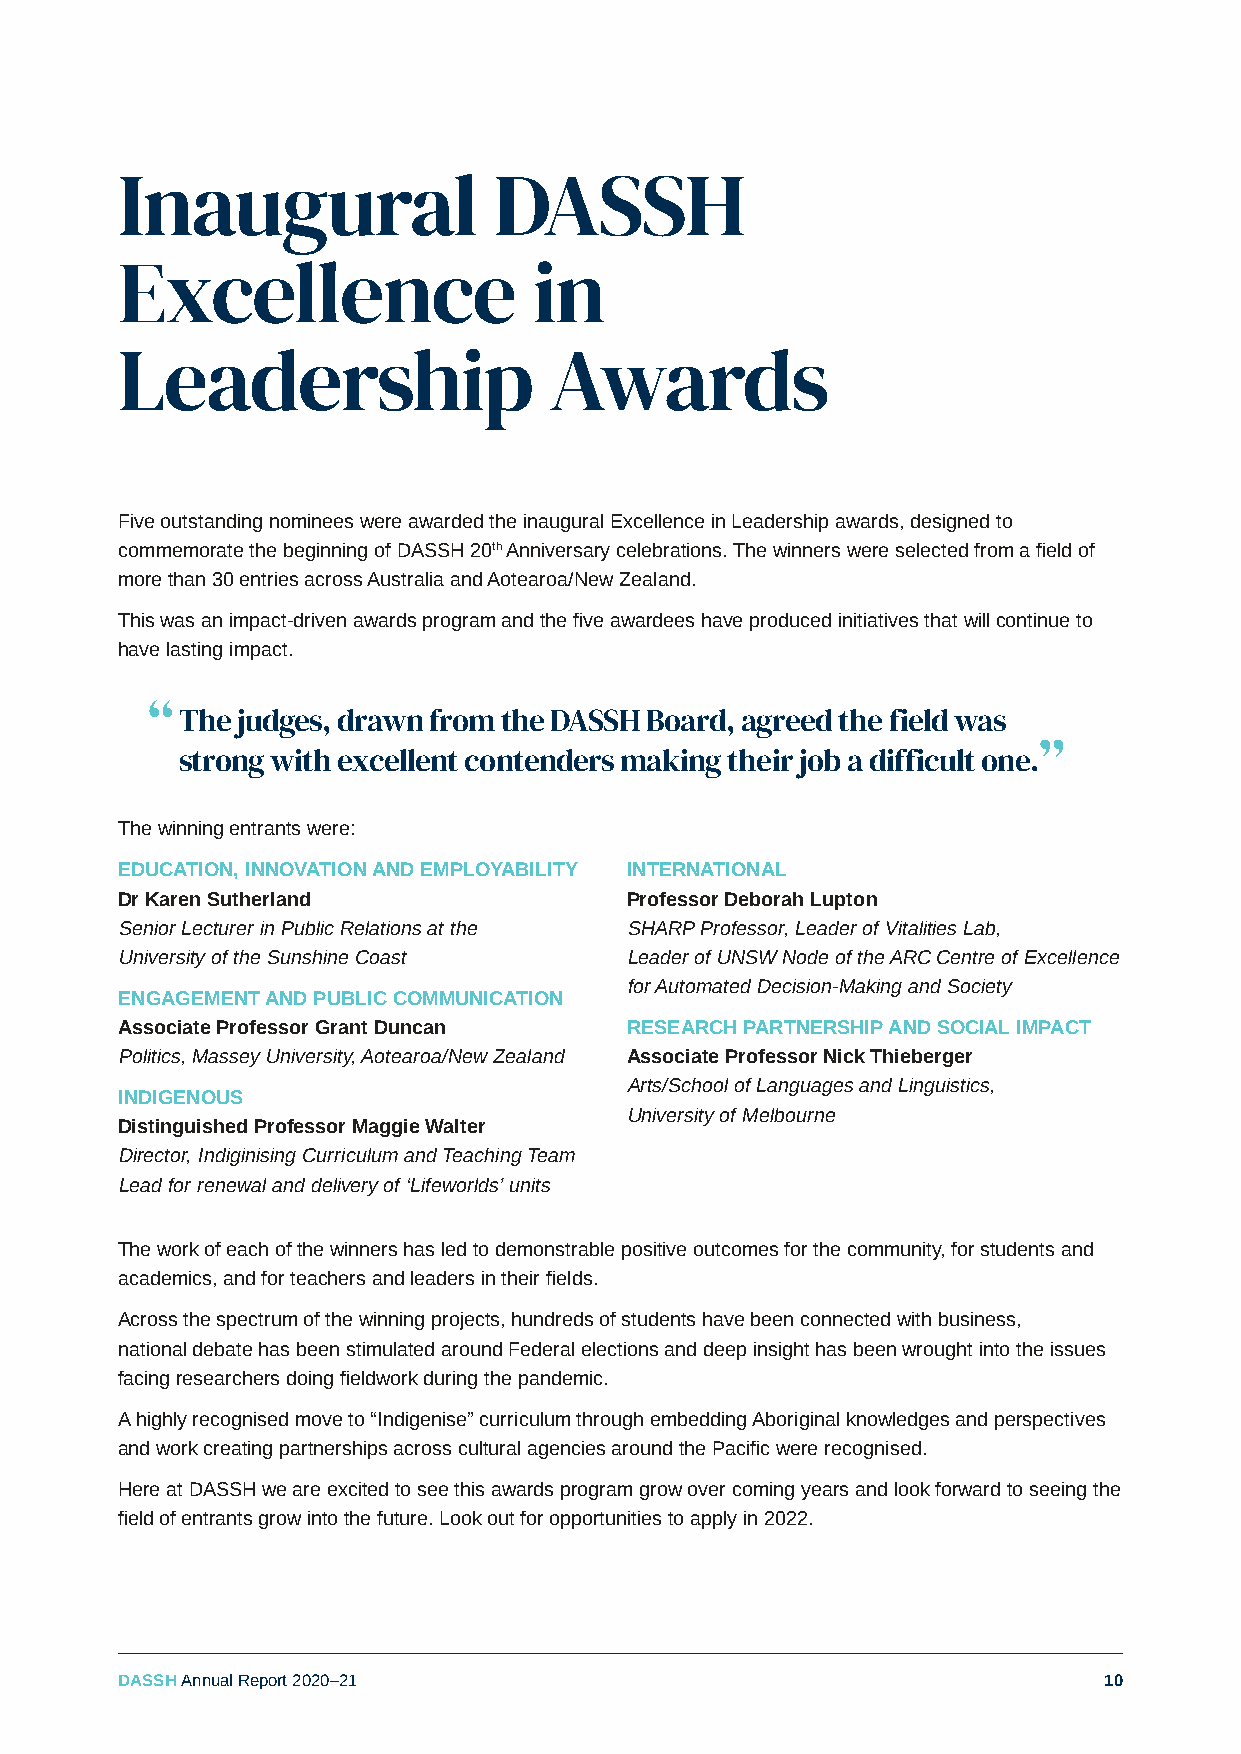
Inaugural                DASSH
 Excellence                 in
 Leadership                  Awards
 Five outstanding nominees were awarded the inaugural Excellence in Leadership awards, designed to
 commemorate the beginning of DASSH 20th Anniversary celebrations. The winners were selected from a field of
 more than 30 entries across Australia and Aotearoa/New Zealand.
 This was an impact-driven awards program and the five awardees have produced initiatives that will continue to
 have lasting impact.
 “
 The judges, drawn from the DASSH Board, agreed the field was
 ”
 strong with excellent contenders making their job a difficult one.
 The winning entrants were:
 EDUCATION, INNOVATION AND EMPLOYABILITY INTERNATIONAL
 Dr Karen Sutherland              Professor Deborah Lupton
 Senior Lecturer in Public Relations at the SHARP Professor, Leader of Vitalities Lab,
 University of the Sunshine Coast Leader of UNSW Node of the ARC Centre of Excellence
 for Automated Decision-Making and Society
 ENGAGEMENT AND PUBLIC COMMUNICATION
 Associate Professor Grant Duncan RESEARCH PARTNERSHIP AND SOCIAL IMPACT
 Politics, Massey University, Aotearoa/New Zealand Associate Professor Nick Thieberger
 Arts/School of Languages and Linguistics,
 INDIGENOUS
 University of Melbourne
 Distinguished Professor Maggie Walter
 Director, Indiginising Curriculum and Teaching Team
 Lead for renewal and delivery of ‘Lifeworlds’ units
 The work of each of the winners has led to demonstrable positive outcomes for the community, for students and
 academics, and for teachers and leaders in their fields.
 Across the spectrum of the winning projects, hundreds of students have been connected with business,
 national debate has been stimulated around Federal elections and deep insight has been wrought into the issues
 facing researchers doing fieldwork during the pandemic.
 A highly recognised move to “Indigenise” curriculum through embedding Aboriginal knowledges and perspectives
 and work creating partnerships across cultural agencies around the Pacific were recognised.
 Here at DASSH we are excited to see this awards program grow over coming years and look forward to seeing the
 field of entrants grow into the future. Look out for opportunities to apply in 2022.
 DASSH Annual Report 2020–21                                      10